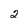
Character: 2